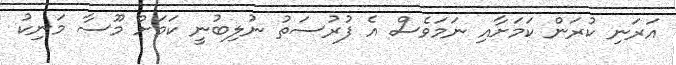
އަރަނި ކުރަން ކަމަށާއި ނަމަވެސް އެ ފުރުސަތު ނުލިބުނީ ކަމަށް މޫސާ މަނިކު